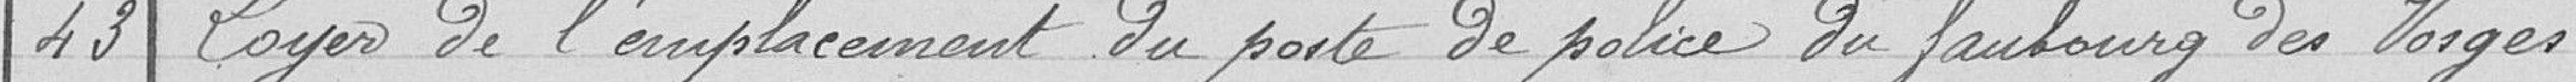
Loyer de l'emplacement de la porte de Police du faubourg des Vosges